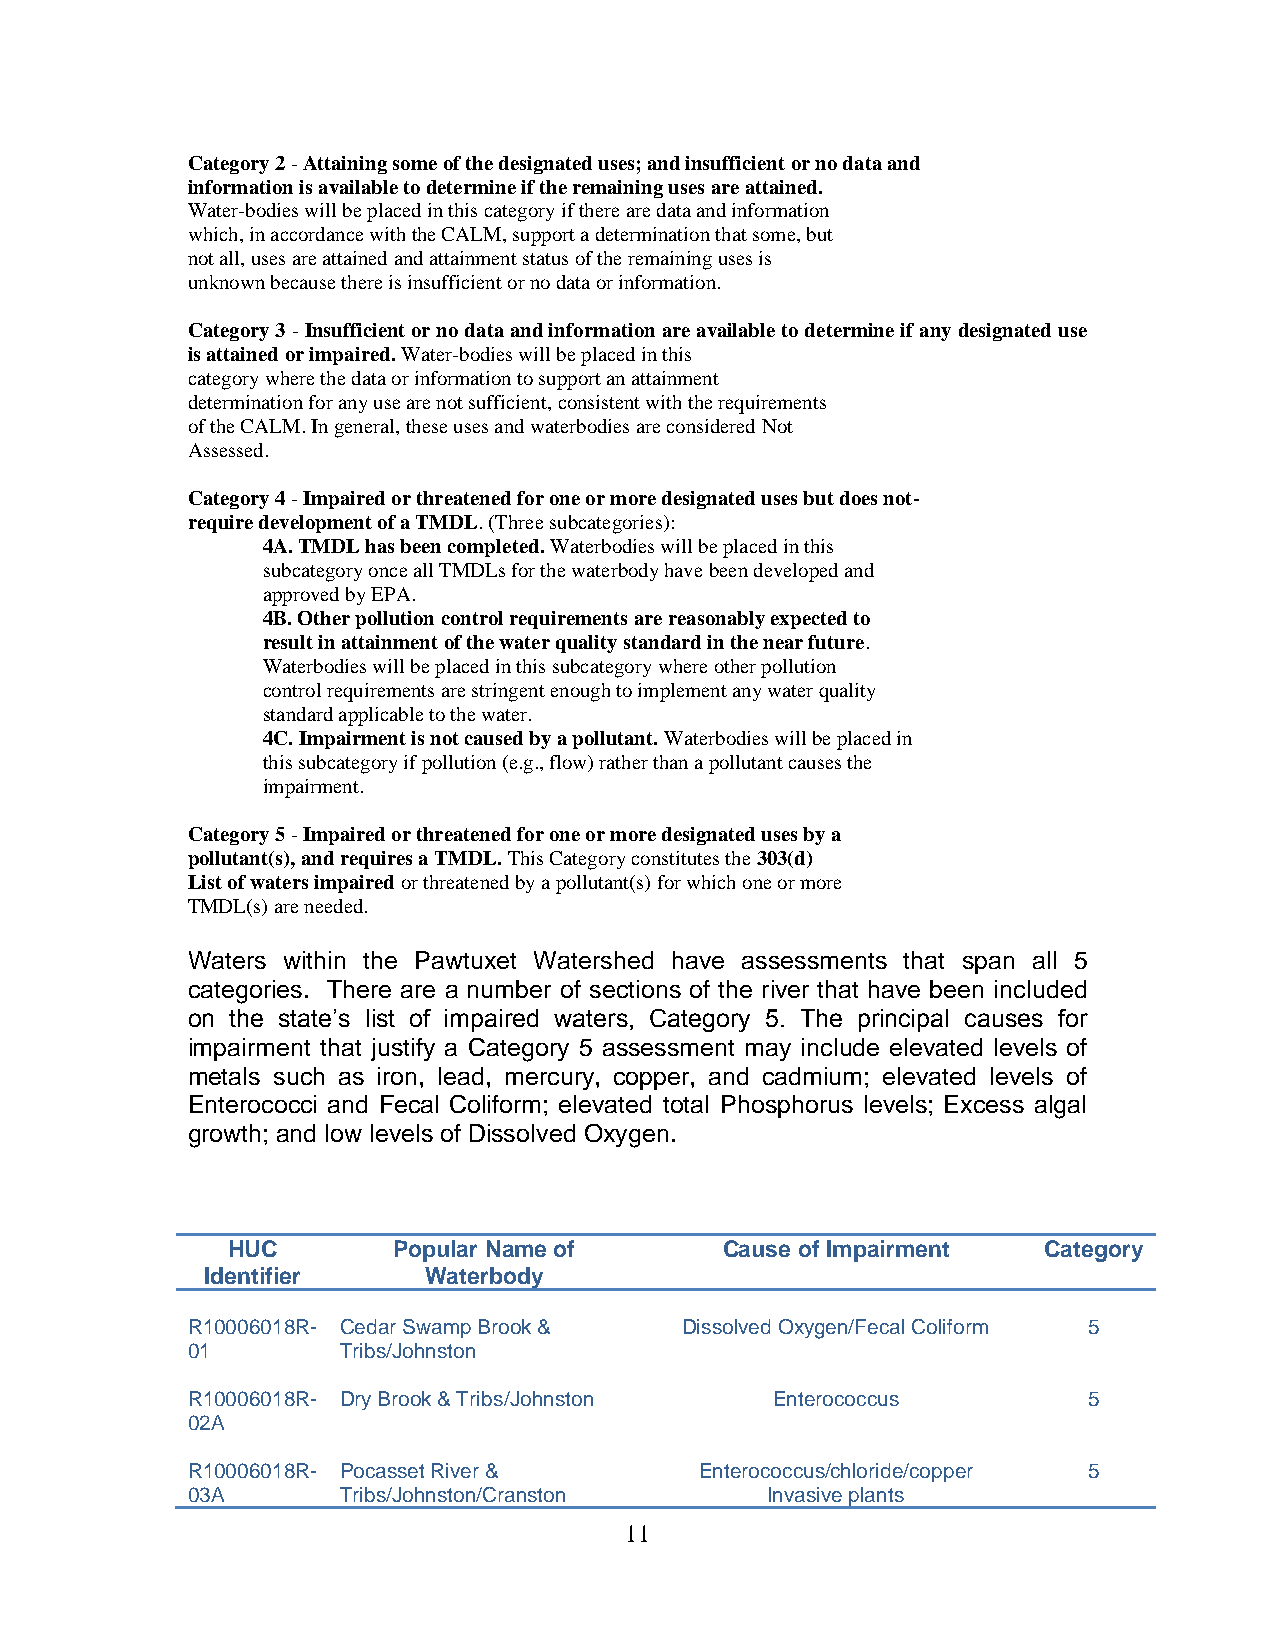
Category 2 - Attaining some of the designated uses; and insufficient or no data and
 information is available to determine if the remaining uses are attained.
 Water-bodies will be placed in this category if there are data and information
 which, in accordance with the CALM, support a determination that some, but
 not all, uses are attained and attainment status of the remaining uses is
 unknown because there is insufficient or no data or information.
 Category 3 - Insufficient or no data and information are available to determine if any designated use
 is attained or impaired. Water-bodies will be placed in this
 category where the data or information to support an attainment
 determination for any use are not sufficient, consistent with the requirements
 of the CALM. In general, these uses and waterbodies are considered Not
 Assessed.
 Category 4 - Impaired or threatened for one or more designated uses but does not-
 require development of a TMDL. (Three subcategories):
 4A. TMDL has been completed. Waterbodies will be placed in this
 subcategory once all TMDLs for the waterbody have been developed and
 approved by EPA.
 4B. Other pollution control requirements are reasonably expected to
 result in attainment of the water quality standard in the near future.
 Waterbodies will be placed in this subcategory where other pollution
 control requirements are stringent enough to implement any water quality
 standard applicable to the water.
 4C. Impairment is not caused by a pollutant. Waterbodies will be placed in
 this subcategory if pollution (e.g., flow) rather than a pollutant causes the
 impairment.
 Category 5 - Impaired or threatened for one or more designated uses by a
 pollutant(s), and requires a TMDL. This Category constitutes the 303(d)
 List of waters impaired or threatened by a pollutant(s) for which one or more
 TMDL(s) are needed.
 Waters within the Pawtuxet Watershed have assessments that span all 5
 categories. There are a number of sections of the river that have been included
 on the state’s list of impaired waters, Category 5. The principal causes for
 impairment that justify a Category 5 assessment may include elevated levels of
 metals such as iron, lead, mercury, copper, and cadmium; elevated levels of
 Enterococci and Fecal Coliform; elevated total Phosphorus levels; Excess algal
 growth; and low levels of Dissolved Oxygen.
 HUC        Popular Name of       Cause of Impairment  Category
 Identifier    Waterbody
 R10006018R- Cedar Swamp Brook &  Dissolved Oxygen/Fecal Coliform 5
 01        Tribs/Johnston
 R10006018R- Dry Brook & Tribs/Johnston Enterococcus         5
 02A
 R10006018R- Pocasset River &      Enterococcus/chloride/copper 5
 03A       Tribs/Johnston/Cranston      Invasive plants
 11